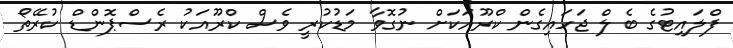
ފްލައިޓުގެ ބެލް ޖަހައިގެން ކްރޫއަކަށް ނުގޮވާ މަޑުކުރީ ވެސް ކްރޫއަކު ރެސްޕޮންޑް ކުރޭތޯ